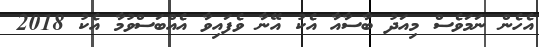
އެހެން ނަމަވެސް މިއަދު ބާސާއާ އެކު އޭނާ ވެފައިވާ އެއްބަސްވުމާ އެކު 2018